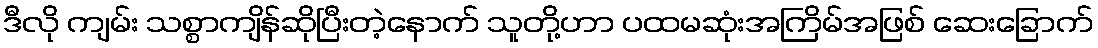
ဒီလို ကျမ်း သစ္စာကျိန်ဆိုပြီးတဲ့နောက် သူတို့ဟာ ပထမဆုံးအကြိမ်အဖြစ် ဆေးခြောက်